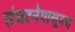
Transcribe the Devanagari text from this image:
संघटनेपासूनच